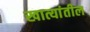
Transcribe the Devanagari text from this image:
खात्यांतील